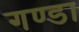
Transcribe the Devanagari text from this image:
गण्डा